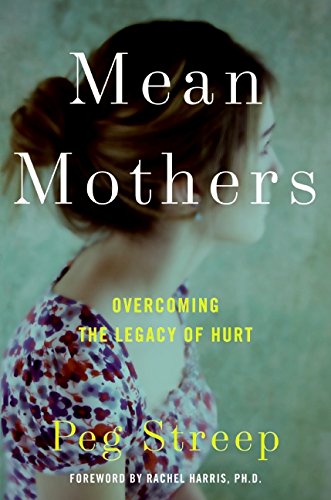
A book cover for Mean Mothers: Overcoming the Legacy of Hurt; Peg Streep; Parenting & Relationships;